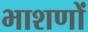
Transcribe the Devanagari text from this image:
भाशणों